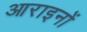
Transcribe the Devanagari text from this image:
आराइनों